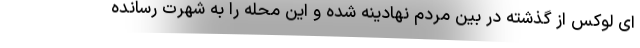
ای لوکس از گذشته در بین مردم نهادینه شده و این محله را به شهرت رسانده